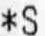
*S